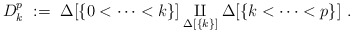
\begin{align*}D^p_k~:=~\Delta[\{0<\dots<k\}]\underset{\Delta[\{k\}]}\amalg \Delta[\{k<\dots<p\}]~.\end{align*}